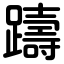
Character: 躊